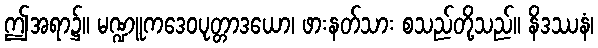
ဤအရာ၌။ မဏ္ဍူကဒေဝပုတ္တာဒယော၊ ဖားနတ်သား စသည်တို့သည်။ နိဒဿနံ၊